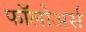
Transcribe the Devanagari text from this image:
फॉलोअर्स